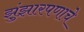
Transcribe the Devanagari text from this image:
झुंझारपणाचे